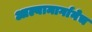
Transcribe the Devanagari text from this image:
आल्यामार्गानेच